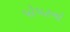
પોપટનો